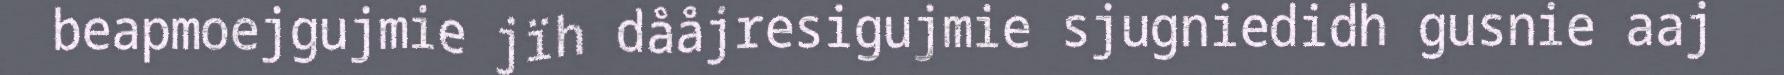
beapmoejgujmie jïh dååjresigujmie sjugniedidh gusnie aaj